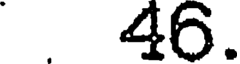
46.